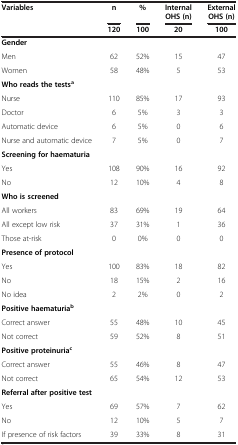
<table><thead><tr><td><b>Variables</b></td><td><b>n</b></td><td><b>%</b></td><td><b>Internal OHS (n)</b></td><td><b>External OHS (n)</b></td></tr><tr><td>[EMPTY_CELL]</td><td><b>120</b></td><td><b>100</b></td><td><b>20</b></td><td><b>100</b></td></tr></thead><tbody><tr><td><b>Gender</b></td><td colspan="2">[EMPTY_CELL]</td><td>[EMPTY_CELL]</td><td>[EMPTY_CELL]</td></tr><tr><td>Men</td><td>62</td><td>52%</td><td>15</td><td>47</td></tr><tr><td>Women</td><td>58</td><td>48%</td><td>5</td><td>53</td></tr><tr><td><b>Who reads the tests</b><sup><b>a</b></sup></td><td colspan="2">[EMPTY_CELL]</td><td>[EMPTY_CELL]</td><td>[EMPTY_CELL]</td></tr><tr><td>Nurse</td><td>110</td><td>85%</td><td>17</td><td>93</td></tr><tr><td>Doctor</td><td>6</td><td>5%</td><td>3</td><td>3</td></tr><tr><td>Automatic device</td><td>6</td><td>5%</td><td>0</td><td>6</td></tr><tr><td>Nurse and automatic device</td><td>7</td><td>5%</td><td>0</td><td>7</td></tr><tr><td><b>Screening for haematuria</b></td><td colspan="2">[EMPTY_CELL]</td><td>[EMPTY_CELL]</td><td>[EMPTY_CELL]</td></tr><tr><td>Yes</td><td>108</td><td>90%</td><td>16</td><td>92</td></tr><tr><td>No</td><td>12</td><td>10%</td><td>4</td><td>8</td></tr><tr><td><b>Who is screened</b></td><td colspan="2">[EMPTY_CELL]</td><td>[EMPTY_CELL]</td><td>[EMPTY_CELL]</td></tr><tr><td>All workers</td><td>83</td><td>69%</td><td>19</td><td>64</td></tr><tr><td>All except low risk</td><td>37</td><td>31%</td><td>1</td><td>36</td></tr><tr><td>Those at-risk</td><td>0</td><td>0%</td><td>0</td><td>0</td></tr><tr><td><b>Presence of protocol</b></td><td colspan="2">[EMPTY_CELL]</td><td>[EMPTY_CELL]</td><td>[EMPTY_CELL]</td></tr><tr><td>Yes</td><td>100</td><td>83%</td><td>18</td><td>82</td></tr><tr><td>No</td><td>18</td><td>15%</td><td>2</td><td>16</td></tr><tr><td>No idea</td><td>2</td><td>2%</td><td>0</td><td>2</td></tr><tr><td><b>Positive haematuria</b><sup><b>b</b></sup></td><td colspan="2">[EMPTY_CELL]</td><td>[EMPTY_CELL]</td><td>[EMPTY_CELL]</td></tr><tr><td>Correct answer</td><td>55</td><td>48%</td><td>10</td><td>45</td></tr><tr><td>Not correct</td><td>59</td><td>52%</td><td>8</td><td>51</td></tr><tr><td><b>Positive proteinuria</b><sup><b>c</b></sup></td><td colspan="2">[EMPTY_CELL]</td><td>[EMPTY_CELL]</td><td>[EMPTY_CELL]</td></tr><tr><td>Correct answer</td><td>55</td><td>46%</td><td>8</td><td>47</td></tr><tr><td>Not correct</td><td>65</td><td>54%</td><td>12</td><td>53</td></tr><tr><td><b>Referral after positive test</b></td><td colspan="2">[EMPTY_CELL]</td><td>[EMPTY_CELL]</td><td>[EMPTY_CELL]</td></tr><tr><td>Yes</td><td>69</td><td>57%</td><td>7</td><td>62</td></tr><tr><td>No</td><td>12</td><td>10%</td><td>5</td><td>7</td></tr><tr><td>If presence of risk factors</td><td>39</td><td>33%</td><td>8</td><td>31</td></tr></tbody></table>